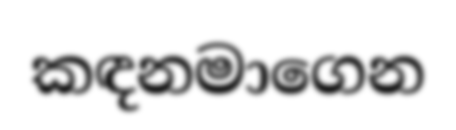
කඳනමාගෙන